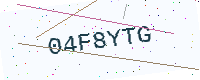
Text: 04F8YTG